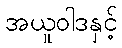
အယူဝါဒနှင့်